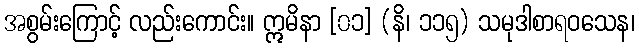
အစွမ်းကြောင့် လည်းကောင်း။ ဣမိနာ [၀၁] (နိ၊ ၁၁၅) သမုဒါစာရဝသေန၊